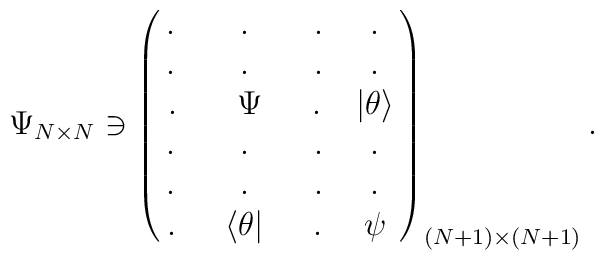
\Psi_{N\times N}  \ni\pmatrix{ . \qquad . \qquad . & . \cr                    . \qquad . \qquad . & . \cr                    . \quad\, \, \,  \, \, \Psi \quad \, \,  \, . & |\theta\rangle \cr                    .\qquad  . \qquad  .  & . \cr                     . \qquad . \qquad . & . \cr                    .\quad  \, \, \, \langle\theta| \, \, \, \quad .  & \psi\cr}_{(N+1)\times(N+1)} .